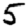
Digit: 5